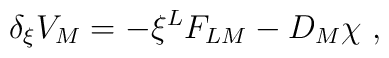
\delta_{\xi} V_{M}= -\xi^{L}F_{LM}-D_M \chi~,\